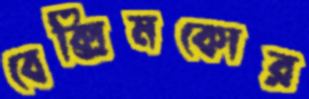
বেক্সিমকোর